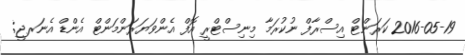
2016-05-19 ކަރަންޓް އިސްރާފް ނުކުރަމާ މިނިސްޓްރީ އޮފް އެންވަޔަރަންމަންޓް އެންޑް އެނަރޖީ;